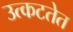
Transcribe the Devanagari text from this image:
उत्कटतेत